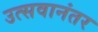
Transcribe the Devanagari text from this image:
उत्सवानंतर